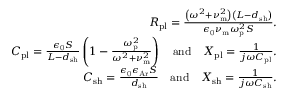
\begin{array} { r } { R _ { \mathrm { p l } } = \frac { \left( \omega ^ { 2 } + \nu _ { \mathrm { m } } ^ { 2 } \right) \left( L - d _ { \mathrm { s h } } \right) } { \epsilon _ { \mathrm { 0 } } \nu _ { \mathrm { m } } \omega _ { \mathrm { p } } ^ { 2 } S } . } \\ { C _ { \mathrm { p l } } = \frac { \epsilon _ { \mathrm { 0 } } S } { L - d _ { \mathrm { s h } } } \left( 1 - \frac { \omega _ { \mathrm { p } } ^ { 2 } } { \omega ^ { 2 } + \nu _ { \mathrm { m } } ^ { 2 } } \right) \quad \mathrm { a n d } \quad X _ { \mathrm { p l } } = \frac { 1 } { j \omega C _ { \mathrm { p l } } } . } \\ { C _ { \mathrm { s h } } = \frac { \epsilon _ { \mathrm { 0 } } \epsilon _ { \mathrm { A r } } S } { d _ { \mathrm { s h } } } \quad \mathrm { a n d } \quad X _ { \mathrm { s h } } = \frac { 1 } { j \omega C _ { \mathrm { s h } } } . } \end{array}